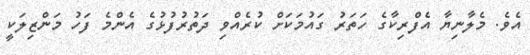
އެވެ. މެލާނިޔާ އެފްރިކާގެ ހަތަރު ގައުމަކަށް ކުރެއްވި ދަތުރުފުޅުގެ އެންމެ ފަހު މަންޒިލަކީ